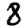
Digit: 8